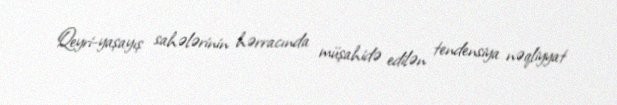
Qeyri-yaşayış sahələrinin hərracında müşahidə edilən tendensiya nəqliyyat